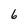
Character: 6